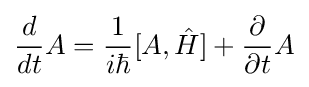
{\frac {d}{dt}}A={\frac {1}{i\hbar }}[A,{\hat {H}}]+{\frac {\partial }{\partial t}}A